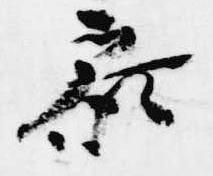
参